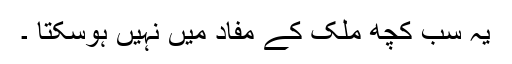
یہ سب کچھ ملک کے مفاد میں نہیں ہوسکتا ۔